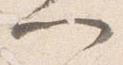
門